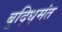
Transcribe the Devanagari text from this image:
बुद्धि्मंत